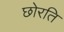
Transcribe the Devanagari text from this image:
छोरति